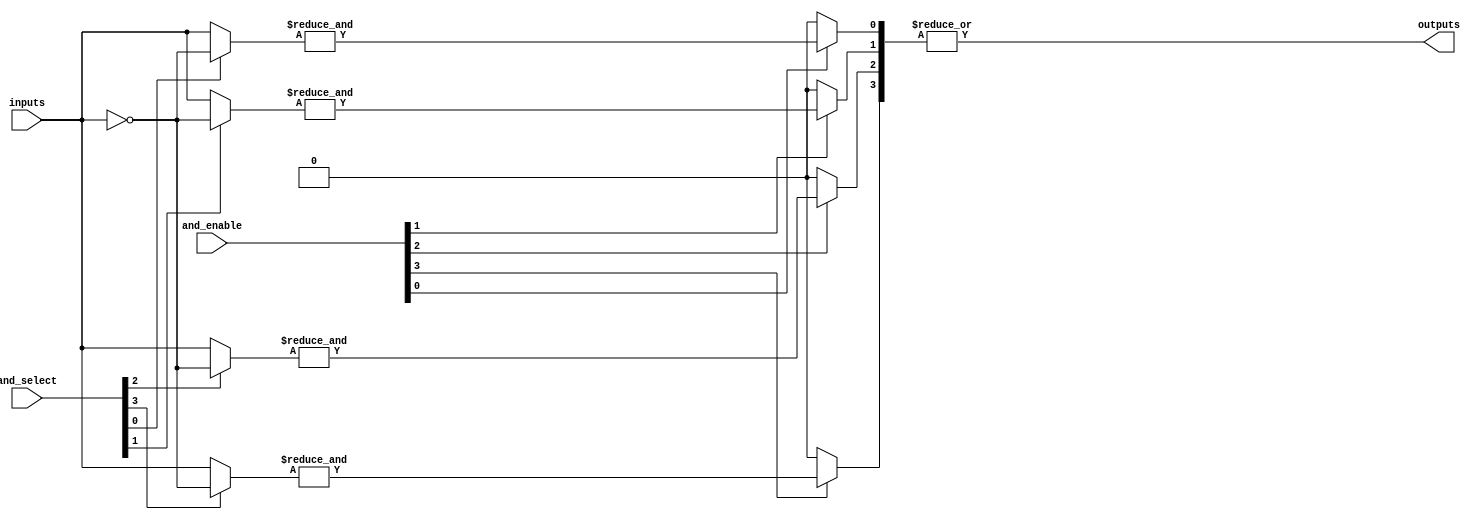
module GPAL #(
    parameter NUM_INPUTS = 8,     // Number of inputs
    parameter NUM_AND_GATES = 4,   // Number of AND gates
    parameter NUM_OR_GATES = 1      // Number of OR gates
)(
    input wire [NUM_INPUTS-1:0] inputs,         // Input signals
    input wire [NUM_AND_GATES-1:0] and_enable,  // Enable signals for AND gates
    input wire [NUM_AND_GATES-1:0] and_select,   // Select signals for AND gate configuration
    output wire [NUM_OR_GATES-1:0] outputs        // Output signals
);

    // Intermediate signals for AND gates
    wire [NUM_AND_GATES-1:0] and_outputs;

    // Generate the AND gates based on the configuration
    genvar i;
    generate
        for (i = 0; i < NUM_AND_GATES; i = i + 1) begin : and_gate
            wire [NUM_INPUTS-1:0] and_inputs;

            // Configure inputs for each AND gate based on select signals
            assign and_inputs = (and_select[i] == 1'b0) ? inputs : ~inputs;

            // AND gate operation
            assign and_outputs[i] = and_enable[i] ? &and_inputs : 1'b0; // AND operation with enable
        end
    endgenerate

    // OR gate to combine the outputs of the AND gates
    generate
        for (i = 0; i < NUM_OR_GATES; i = i + 1) begin : or_gate
            assign outputs[i] = |and_outputs; // OR operation on all AND gate outputs
        end
    endgenerate

endmodule